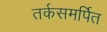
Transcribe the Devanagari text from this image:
तर्कसमर्पित